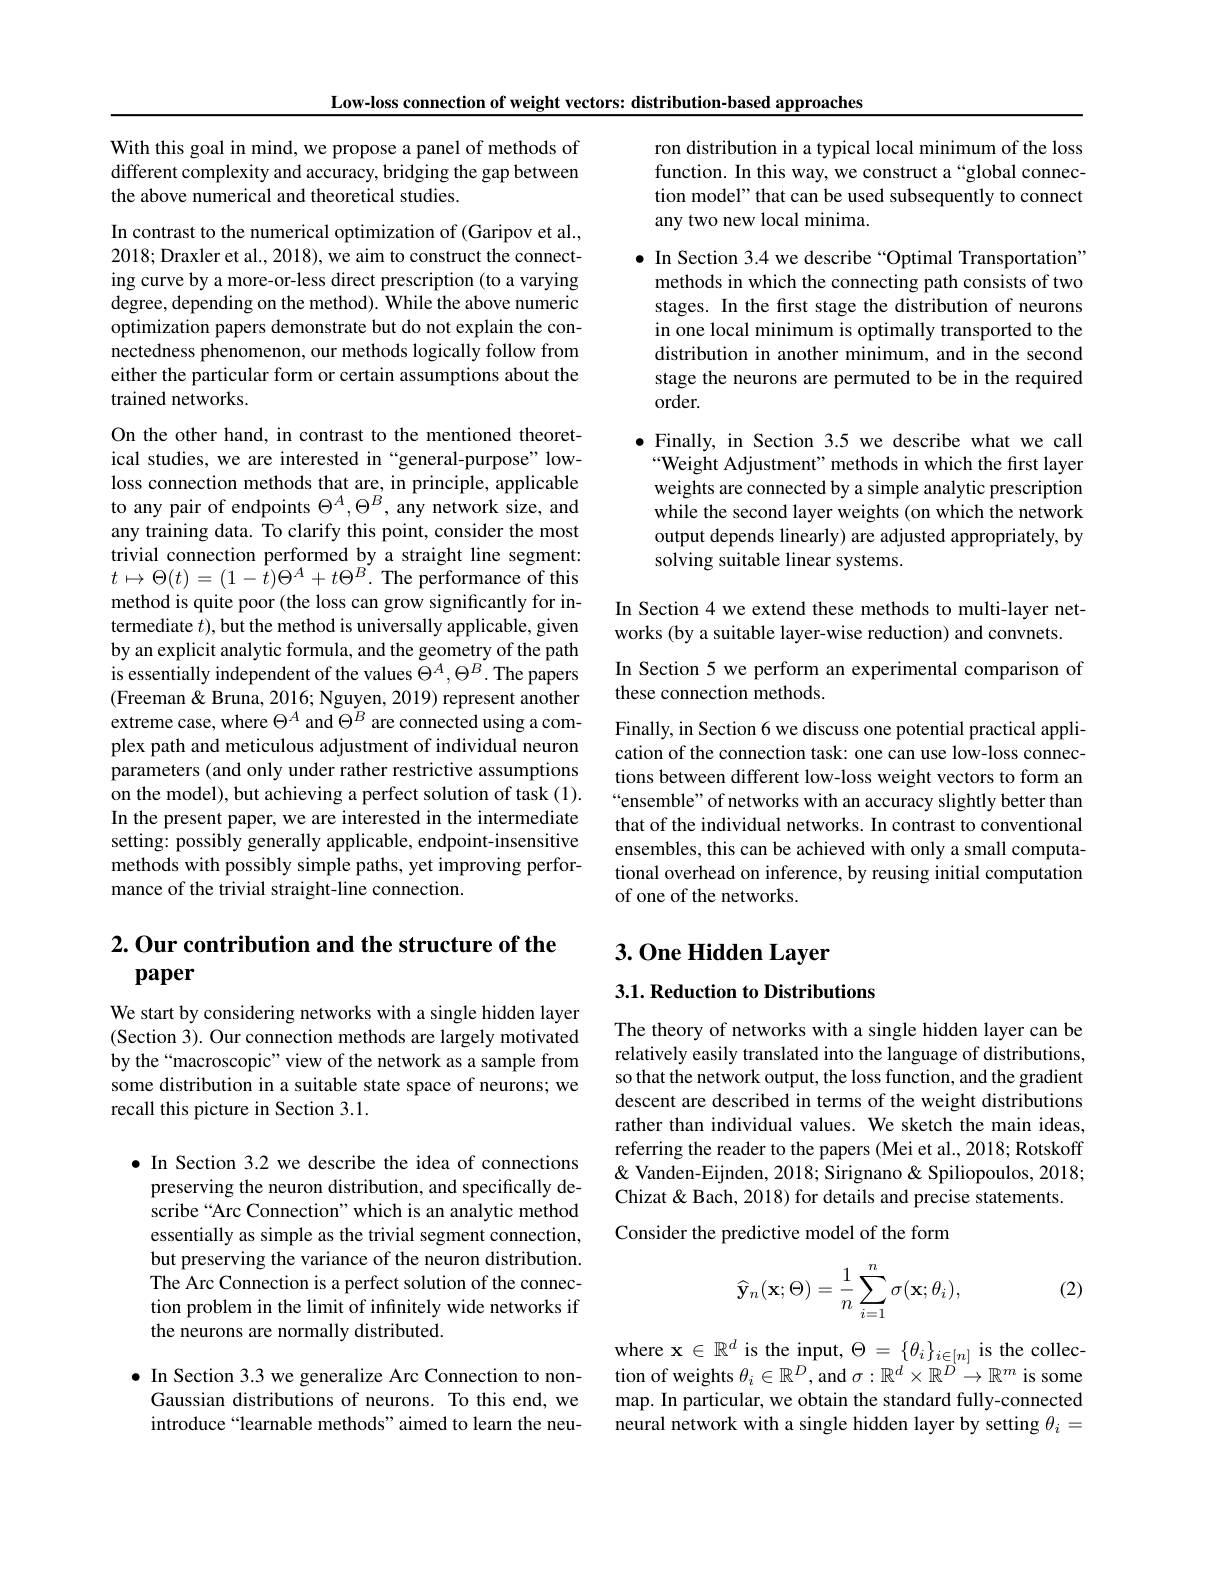
Low-loss connection of weight vectors: distribution-based approaches

With this goal in mind, we propose a panel of methods of different complexity and accuracy, bridging the gap between the above numerical and theoretical studies.

In contrast to the numerical optimization of (Garipov et al., 2018; Draxler et al., 2018), we aim to construct the connecting curve by a more-or-less direct prescription (to a varying degree, depending on the method). While the above numeric optimization papers demonstrate but do not explain the connectedness phenomenon, our methods logically follow from either the particular form or certain assumptions about the trained networks.

On the other hand, in contrast to the mentioned theoretical studies, we are interested in “general-purpose” lowloss connection methods that are, in principle, applicable to any pair of endpoints $\Theta^A,\Theta^B$, any network size, and any training data. To clarify this point, consider the most trivial connection performed by a straight line segment: $t\mapsto\Theta(t)=(1-\dot{t})\Theta^{A}+t\Theta^{B}.$The performance of this method is quite poor (the loss can grow significantly for intermediate $t)$, but the method is universally applicable, given by an explicit analytic formula, and the geometry of the path is essentially independent of the values $\Theta^A,\Theta^B.$ The papers (Freeman& Bruna, 2016; Nguyen, 2019) represent another extreme case, where $\Theta^A$ and $\Theta^B$ are connected using a complex path and meticulous adjustment of individual neuron parameters (and only under rather restrictive assumptions on the model), but achieving a perfect solution of task (1). In the present paper, we are interested in the intermediate setting: possibly generally applicable, endpoint-insensitive methods with possibly simple paths, yet improving performance of the trivial straight-line connection.

## $2. \textbf{Our contribution and the structure of the}$ paper

We start by considering networks with a single hidden layer (Section 3). Our connection methods are largely motivated by the “macroscopic” view of the network as a sample from some distribution in a suitable state space of neurons; we recall this picture in Section 3.1.

$\bullet$ In Section 3.2 we describe the idea of connections
preserving the neuron distribution, and specifically describe“Arc Connection”which is an analytic method essentially as simple as the trivial segment connection, but preserving the variance of the neuron distribution. The Arc Connection is a perfect solution of the connection problem in the limit of infinitely wide networks if the neurons are normally distributed.

$\bullet$ In Section 3.3 we generalize Arc Connection to nonGaussian distributions of neurons. To this end, we introduce“learnable methods”aimed to learn the neu-

ron distribution in a typical local minimum of the loss function. In this way, we construct a“global connection model" that can be used subsequently to connect any two new local minima.
$\bullet$ In Section 3.4 we describe “Optimal Transportation”
methods in which the connecting path consists of two stages. In the first stage the distribution of neurons in one local minimum is optimally transported to the distribution in another minimum, and in the second stage the neurons are permuted to be in the required order.
$\bullet$ Finally, in Section 3.5 we describe what we call “Weight Adjustment" methods in which the first layer weights are connected by a simple analytic prescription while the second layer weights (on which the network output depends linearly) are adjusted appropriately, by solving suitable linear systems.

In Section 4 we extend these methods to multi-layer net-
works (by a suitable layer-wise reduction) and convnets.

In Section 5 we perform an experimental comparison of
these connection methods.

Finally, in Section 6 we discuss one potential practical application of the connection task: one can use low-loss connections between different low-loss weight vectors to form an “ensemble” of networks with an accuracy slightly better than that of the individual networks. In contrast to conventional ensembles, this can be achieved with only a small computational overhead on inference, by reusing initial computation of one of the networks.

# 3. One Hidden Layer

3.1. Reduction to Distributions

The theory of networks with a single hidden layer can be relatively easily translated into the language of distributions, so that the network output, the loss function, and the gradient descent are described in terms of the weight distributions rather than individual values. We sketch the main ideas, referring the reader to the papers (Mei et al., 2018; Rotskoff & Vanden-Eijnden, 2018; Sirignano & Spiliopoulos, 2018; Chizat & Bach, 2018) for details and precise statements.
Consider the predictive model of the form

(2)
$$\widehat{\mathbf{y}}_n(\mathbf{x};\Theta)=\frac{1}{n}\sum_{i=1}^n\sigma(\mathbf{x};\theta_i),$$
where $\mathbf{x}\in\mathbb{R}^d$ is the input, $\Theta=\{\theta_i\}_{i\in[n]}$ is the collection of weights $\theta_i\in\mathbb{R}^D$, and $\sigma:\mathbb{R}^d\times\mathbb{R}^{\hat{D}}\to\mathbb{R}^m$ is some map. In particular, we obtain the standard fully-connected neural network with a single hidden layer by setting $\theta_i=$